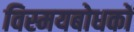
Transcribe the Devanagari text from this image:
विस्मयबोधकों